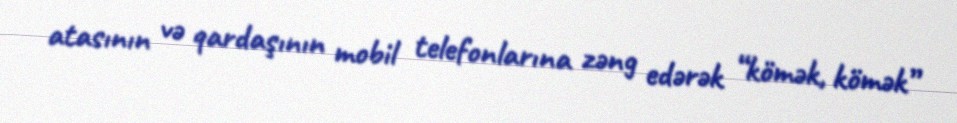
atasının və qardaşının mobil telefonlarına zəng edərək “kömək, kömək”